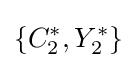
\lbrace C_{2}^{*},Y_{2}^{*}\rbrace